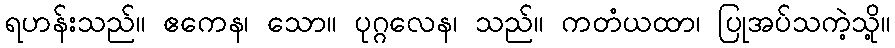
ရဟန်းသည်။ ဧကေန၊ သော။ ပုဂ္ဂလေန၊ သည်။ ကတံယထာ၊ ပြုအပ်သကဲ့သို့။